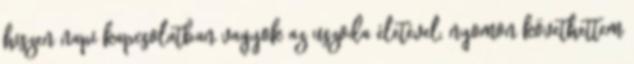
hiszen napi kapcsolatban vagyok az uszoda életével, nyomon követhettem